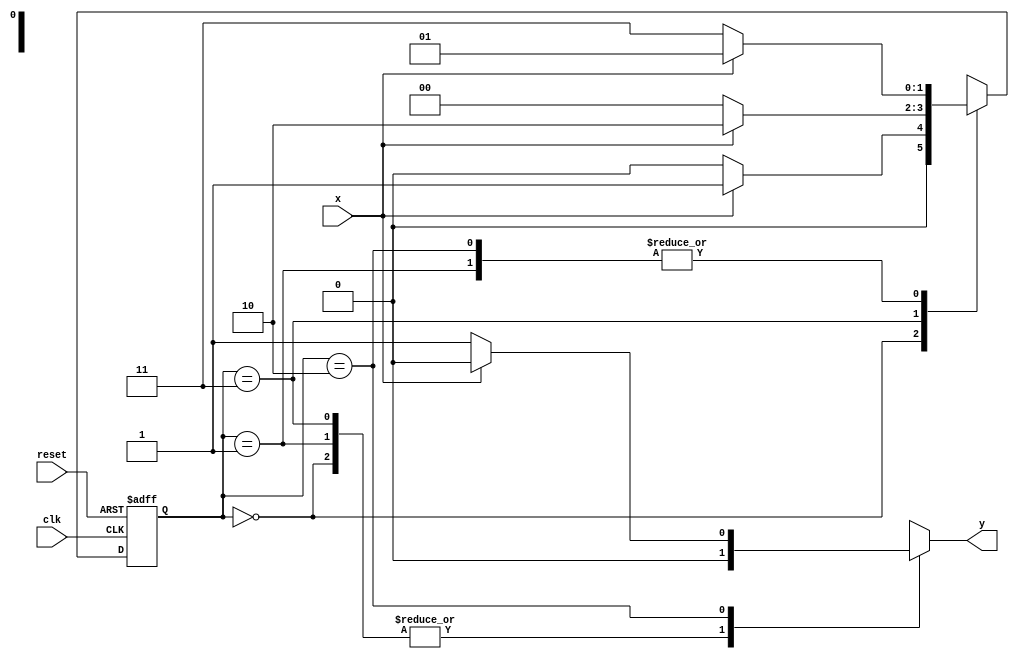
// -------------------------
// Nome: Marcio Enio Gonalves Dutra Junior
// -------------------------

// -------------- 
// --- Mealy FSM 
// -------------- 
 
/* 
                        Mealy FSM Diagram 
                      __________________ 
                     /                    \ 
              1    v   1           0     1 | // found 
   [start] ---> [id1] ---> [id11] ---> [id110] 
     ^  \0      0 |       1 /  ^         0 | // not found 
      \_/        /          \__/         | 
       \________/                      / 
        \                            / 
         \_________________________/ 
*/ 
// constant definitions 
`define found 1 
`define notfound 0 
 
// FSM by Mealy 
module mealy1010 ( y, x, clk, reset ); 
 output y; 
 input   x; 
 input   clk; 
 input   reset; 
 
 reg      y; 
 
 parameter         // state identifiers  
   start    = 2'b00, 
   id1      = 2'b01, 
   id10    = 2'b11, 
   id101  = 2'b10; 
 
   reg [1:0] E1; // current state variables 
   reg [1:0] E2; // next state logic output 
 
 
// next state logic 
   always @( x or E1 ) 
    begin 
     y = `notfound; 
     case ( E1 ) 
      start: 
        if ( x ) 
         E2 = id1; 
        else 
         E2 = start; 
      id1: 
        if ( x ) 
         E2 = id1; 
        else 
         E2 = id10; 
      id10: 
        if ( x ) 
         E2 = id101; 
        else 
         E2 = start; 
      id101: 
        if ( x ) 
         begin 
           E2 =  id1; 
           y  = `notfound; 
         end 
        else 
         begin 
           E2 =  id10; 
           y  = `found; 
         end 
      default:   // undefined state 
           E2 =  2'bxx; 
     endcase 
    end // always at signal or state changing 
 
// state variables 
   always @( posedge clk or negedge reset ) 
    begin 
     if ( reset ) 
      E1 = E2;    // updates current state 
     else 
      E1 = 0;     // reset 
    end // always at signal changing 
 
endmodule // mealy1101